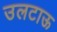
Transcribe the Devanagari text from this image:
उलटाऊ